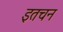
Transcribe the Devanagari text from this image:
इतचन